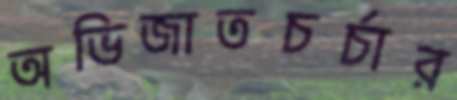
অভিজাতচর্চার